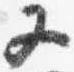
又